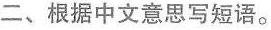
二。根据中文意思写短语。